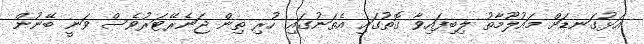
އަޅުގަނޑަށް މައުލޫމާތު ލިބިފައިވާ ގޮތުގައި އެތަނުގައި ހުރި ތިން ޖަނެރޭޓަރުވެސް ވަނީ ބޭނުން